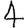
Digit: 4